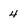
Character: 4